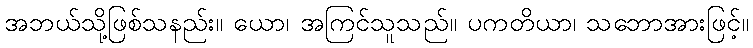
အဘယ်သို့ဖြစ်သနည်း။ ယော၊ အကြင်သူသည်။ ပကတိယာ၊ သဘောအားဖြင့်။